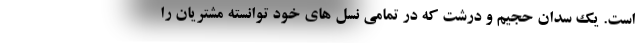
است. یک سدان حجیم و درشت که در تمامی نسل های خود توانسته مشتریان را